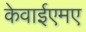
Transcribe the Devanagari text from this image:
केवाईएमए